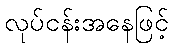
လုပ်ငန်းအနေဖြင့်